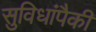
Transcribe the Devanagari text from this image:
सुविधांपैकी